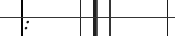
: